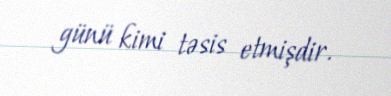
günü kimi təsis etmişdir.